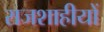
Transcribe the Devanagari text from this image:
राजशाहीयों